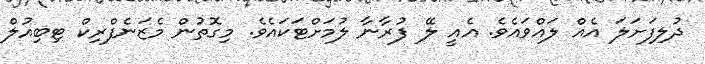
ދުލިފަށަލަ އެއް ލައްވައެވެ. އެއީ ލޭ ފުރާނާ ލުމަށްޓަކައެވެ. މިގޮތުން މެޒަނެފްރިކް ޓިބިއުލް